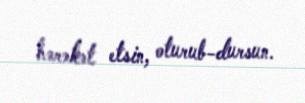
hərəkət etsin, oturub-dursun.